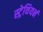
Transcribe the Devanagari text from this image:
स्ट्रेथियर्न